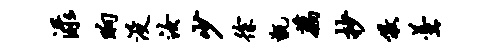
渌晌没汝少徐甑藕抄儆羹